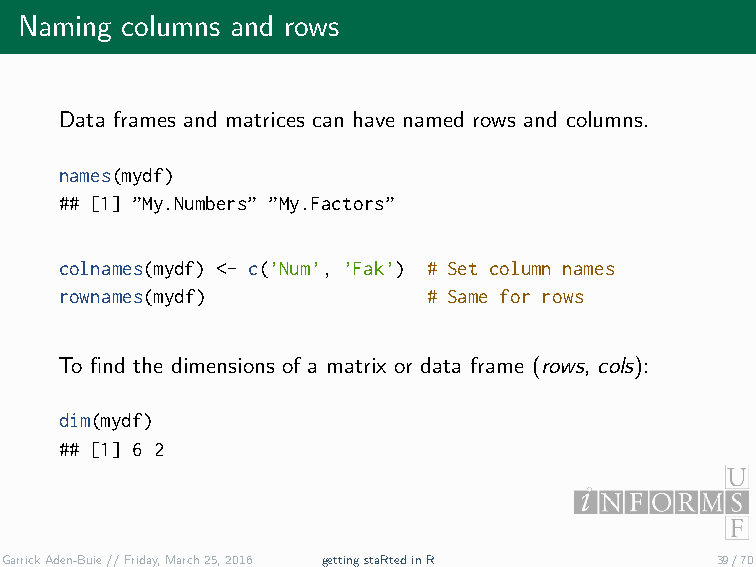
Naming columns and rows
 Data frames and matrices can have named rows and columns.
 names(mydf)
 ## [1] ”My.Numbers” ”My.Factors”
 colnames(mydf) <- c(’Num’, ’Fak’) # Set column names
 rownames(mydf)          # Same for rows
 To find the dimensions of a matrix or data frame (rows, cols):
 dim(mydf)
 ## [1] 6 2
 GarrickAden-Buie//Friday,March25,2016 gettingstaRtedinR 39/70